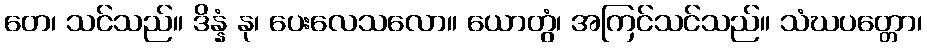
တေ၊ သင်သည်။ ဒိန္နံ နု၊ ပေးလေသလော။ ယောတွံ၊ အကြင်သင်သည်။ သံဃပတ္တော၊